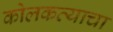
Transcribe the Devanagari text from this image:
कोलकत्याचा